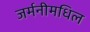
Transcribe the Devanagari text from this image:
जर्मनीमधिल